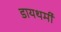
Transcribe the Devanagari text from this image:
डायथर्मी